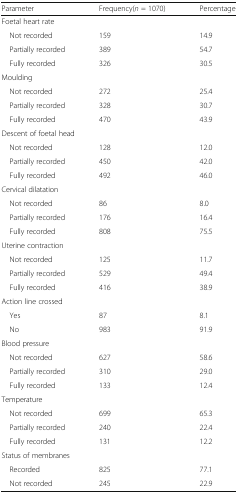
<table><thead><tr><td><b>Parameter</b></td><td><b>Frequency(<i>n</i> = 1070)</b></td><td><b>Percentage</b></td></tr></thead><tbody><tr><td colspan="3">Foetal heart rate</td></tr><tr><td> Not recorded</td><td>159</td><td>14.9</td></tr><tr><td> Partially recorded</td><td>389</td><td>54.7</td></tr><tr><td> Fully recorded</td><td>326</td><td>30.5</td></tr><tr><td colspan="3">Moulding</td></tr><tr><td> Not recorded</td><td>272</td><td>25.4</td></tr><tr><td> Partially recorded</td><td>328</td><td>30.7</td></tr><tr><td> Fully recorded</td><td>470</td><td>43.9</td></tr><tr><td colspan="3">Descent of foetal head</td></tr><tr><td> Not recorded</td><td>128</td><td>12.0</td></tr><tr><td> Partially recorded</td><td>450</td><td>42.0</td></tr><tr><td> Fully recorded</td><td>492</td><td>46.0</td></tr><tr><td colspan="3">Cervical dilatation</td></tr><tr><td> Not recorded</td><td>86</td><td>8.0</td></tr><tr><td> Partially recorded</td><td>176</td><td>16.4</td></tr><tr><td> Fully recorded</td><td>808</td><td>75.5</td></tr><tr><td colspan="3">Uterine contraction</td></tr><tr><td> Not recorded</td><td>125</td><td>11.7</td></tr><tr><td> Partially recorded</td><td>529</td><td>49.4</td></tr><tr><td> Fully recorded</td><td>416</td><td>38.9</td></tr><tr><td colspan="3">Action line crossed</td></tr><tr><td> Yes</td><td>87</td><td>8.1</td></tr><tr><td> No</td><td>983</td><td>91.9</td></tr><tr><td colspan="3">Blood pressure</td></tr><tr><td> Not recorded</td><td>627</td><td>58.6</td></tr><tr><td> Partially recorded</td><td>310</td><td>29.0</td></tr><tr><td> Fully recorded</td><td>133</td><td>12.4</td></tr><tr><td colspan="3">Temperature</td></tr><tr><td> Not recorded</td><td>699</td><td>65.3</td></tr><tr><td> Partially recorded</td><td>240</td><td>22.4</td></tr><tr><td> Fully recorded</td><td>131</td><td>12.2</td></tr><tr><td colspan="3">Status of membranes</td></tr><tr><td> Recorded</td><td>825</td><td>77.1</td></tr><tr><td> Not recorded</td><td>245</td><td>22.9</td></tr></tbody></table>